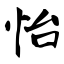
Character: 怡